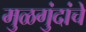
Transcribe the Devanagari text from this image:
मुळगुंदांचे